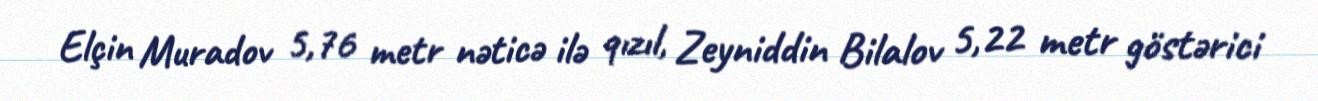
Elçin Muradov 5,76 metr nəticə ilə qızıl, Zeyniddin Bilalov 5,22 metr göstərici